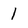
Character: l